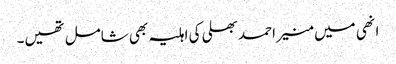
انھی میں منیر احمد بھلی کی اہلیہ بھی شامل تھیں۔